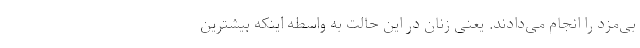
بی‌مزد را انجام می‌دادند. یعنی زنان در این حالت به واسطه اینکه بیشترین